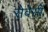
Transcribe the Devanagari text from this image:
सेवेसी